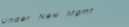
Under New Mgmt